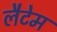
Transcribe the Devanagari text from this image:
लैटेम